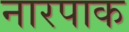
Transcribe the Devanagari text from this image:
नारपाक